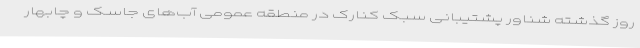
روز گذشته شناور پشتیبانی سبک کنارک در منطقه عمومی آب‌های جاسک و چابهار